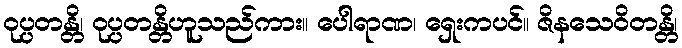
ဝုပ္ပတန္တိ၊ ဝုပ္ပတန္တိဟူသည်ကား။ ပေါရာဏ၊ ရှေးကပင်။ ဇိနသေဝိတန္တိ၊